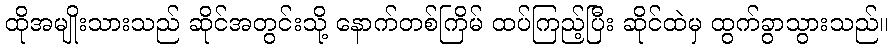
ထိုအမျိုးသားသည် ဆိုင်အတွင်းသို့ နောက်တစ်ကြိမ် ထပ်ကြည့်ပြီး ဆိုင်ထဲမှ ထွက်ခွာသွားသည်။